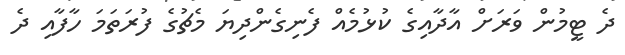
ދެ ޓީމުން ވަރަށް އާދާއިގެ ކުޅުމެއް ފެނިގެންދިޔަ މެޗުގެ ފުރަތަމަ ހާފާއި ދެ